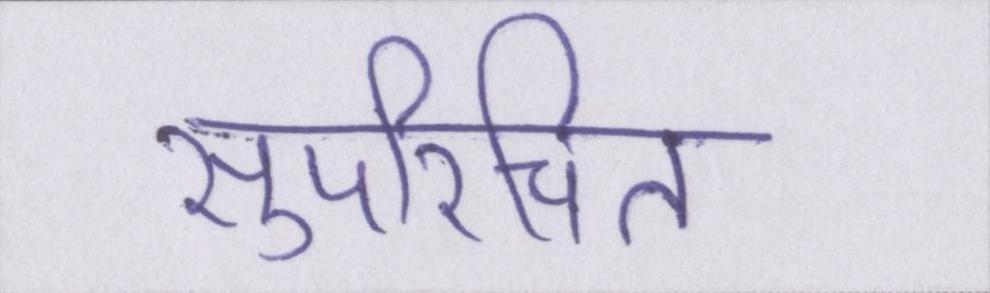
सुपरिचित